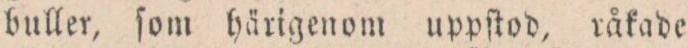
buller, ſom härigenom uppſtod, råkade